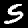
Label: 5